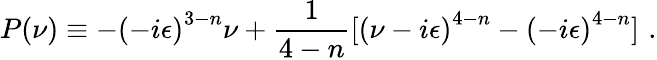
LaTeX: P(\nu)\equiv-{(-i\epsilon)}^{3-n}\nu+\frac{1}{4-n}[{(\nu-i\epsilon)}^{4-n}-{(-i\epsilon)}^{4-n}]\, \, .